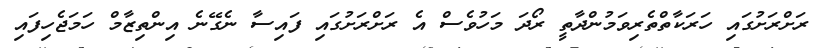
ރަށްރަށުގައި ހަރަކާތްތެރިވަމުންދާތީ ރޯދަ މަހުވެސް އެ ރަށްރަށުގައި ފައިސާ ނެގޭނެ އިންތިޒާމް ހަމަޖެހިފައި